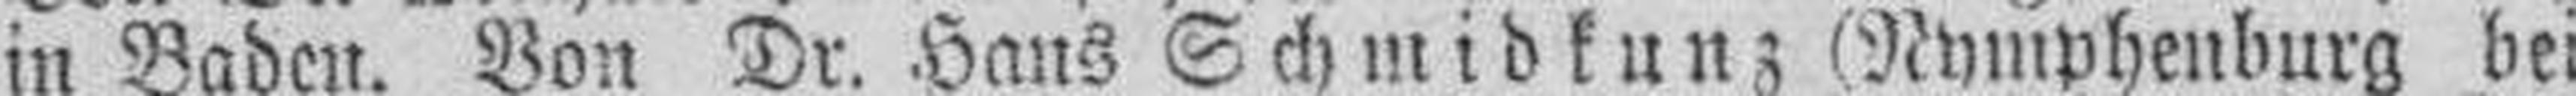
in Baden. Von Dr. Hans Schmidkunz (Nymphenburg bei